Annual administration report of the Civil Veterinary Department of India - 1903-1904
Year: 1903
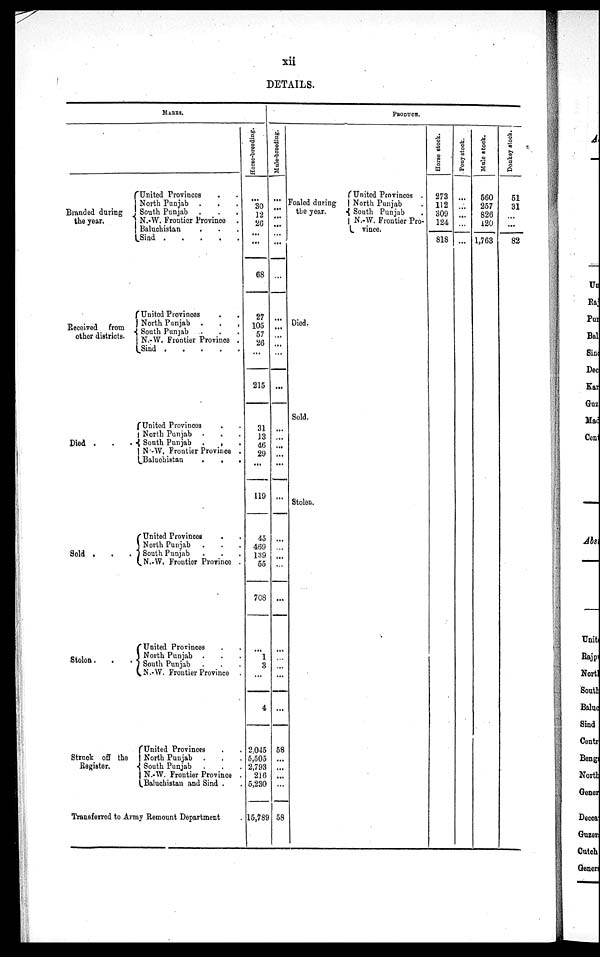
xii
DETAILS.
MARES.
Branded during
the year.
Received from
other districts.
Died . . .
Sold . . .
Stolen . . .
Struck off the
Register.
United Provinces . .
North Punjab . . .
South Punjab . . .
N.-W. Frontier Province .
Baluchistan . . .
Sind
.
.
.
.
.
United Provinces . .
North Punjab .
.
.
South Punjab ...
N. W. Frontier Province .
Sind
.
.
.
.
United Provinces . .
North Punjab . . .
South Punjab . . .
N -W. Frontier Province .
Baluchistan
.
.
.
United Provinces . .
North Punjab . . .
South Punjab . . .
N.-W. Frontier Province . .
United Provinces . .
North Punjab . . .
South Punjab . . .
N.-W. Frontier Province .
United Provinces . .
North Punjab . . .
South Punjab . . .
N.-W. Frontier Province .
Baluchistan and Sind . .
Transferred to Army Remount Department .
Horse-breeding.
...
30
12
26
...
...
68
27
105
57
26
...
215
31
13
46
29
...
119
45
469
189
55
708
...
1
3
...
4
2,045
5,505
2,793
216
5,230
15,789
PRODUCE.
Mule-breeding.
...
...
...
...
...
...
...
...
...
...
...
...
...
...
...
...
...
...
...
...
...
...
...
...
...
...
...
...
...
58
...
...
...
...
58
Foaled during
the year.
Died.
Sold.
Stolen.
United Provinces .
North Punjab .
South Punjab .
N.-W. Frontier Pro¬
vince.
Horse stock.
273
112
309
124
818
Pony stock.
...
...
...
...
...
Mule stock.
560
257
826
120
1,763
Donkey stock.
51
31
...
...
82